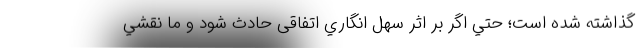
گذاشته شده است؛ حتي اگر بر اثر سهل انگاري اتفاقی حادث شود و ما نقشي